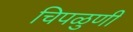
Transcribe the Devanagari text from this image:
चिपळुणी